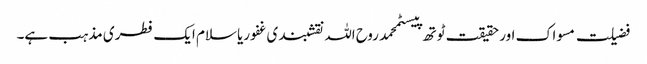
فضیلت مسواک اور حقیقت ٹوتھ پیسٹمحمد روح اللہ نقشبندی غفوریاسلام ایک فطری مذہب ہے۔